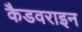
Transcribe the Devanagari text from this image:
कैडवराइन